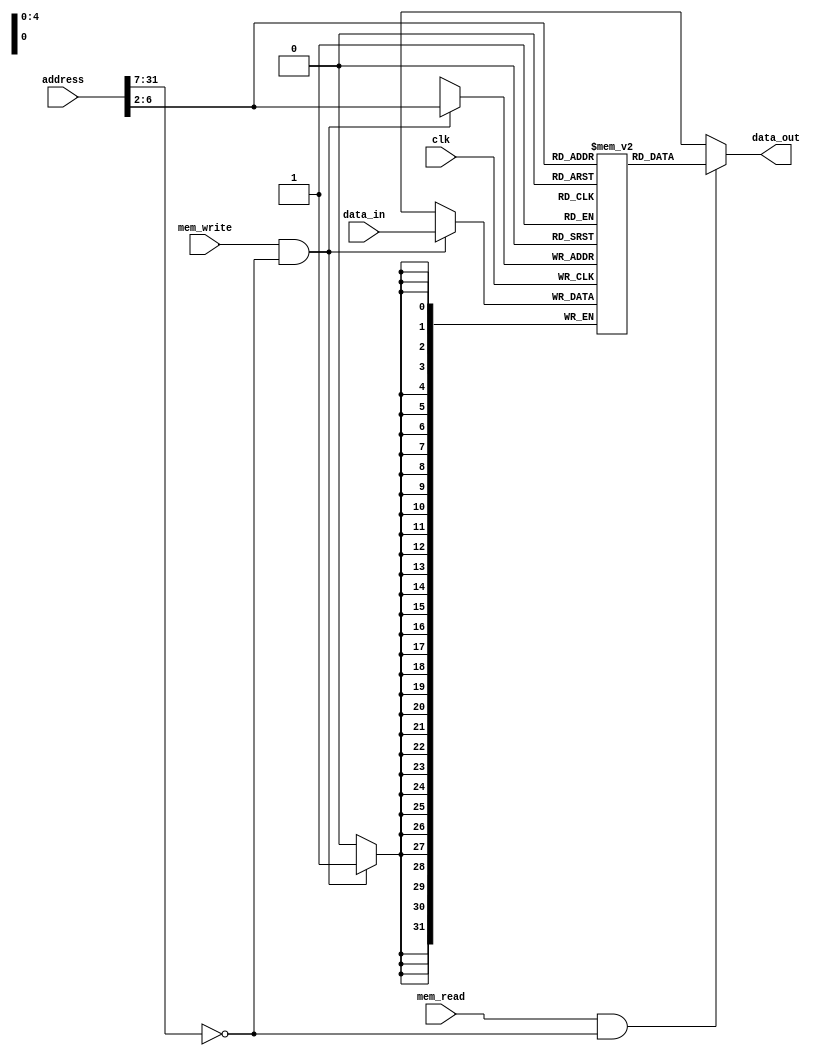
module mem32(clk, mem_read, mem_write, address, data_in, data_out);
  input  clk, mem_read, mem_write;
  input  [31:0] address, data_in;
  output [31:0] data_out;
  reg    [31:0] data_out;

  parameter BASE_ADDRESS = 25'd0; // address that applies to this memory - change if desired

  reg [31:0] mem_array [0:31];
  wire [4:0] mem_offset;
  wire address_select;

  assign mem_offset = address[6:2];  // drop 2 LSBs to get word offset

  assign address_select = (address[31:7] == BASE_ADDRESS);  // address decoding

  always @(mem_read or address_select or mem_offset or mem_array[mem_offset])
  begin

    if (mem_read == 1'b1 && address_select == 1'b1)
    begin
      if ((address % 4) != 0)
          $display($time, " rom32 error: unaligned address %d", address);
      data_out = mem_array[mem_offset];
      $display($time, " reading data: Mem[%h] => %h", address, data_out);
    end
      else data_out = 32'hxxxxxxxx;
  end

  // for WRITE operations
  always @(posedge clk)
  begin
    if (mem_write == 1'b1 && address_select == 1'b1)
    begin
      $display($time, " writing data: Mem[%h] <= %h", address,data_in);
      mem_array[mem_offset] <= data_in;
    end
  end

  // initialize with some arbitrary values

  integer i;
  initial begin
    for (i=0; i<7; i=i+1) mem_array[i] = i;
  end
endmodule